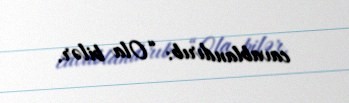
cavablandırıb: “Ola bilər.